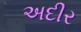
અદીર